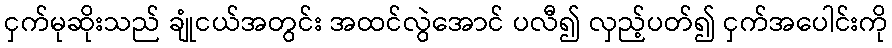
ငှက်မုဆိုးသည် ချုံငယ်အတွင်း အထင်လွဲအောင် ပလီ၍ လှည့်ပတ်၍ ငှက်အပေါင်းကို